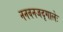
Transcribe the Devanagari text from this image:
ननवनजदृगालेः